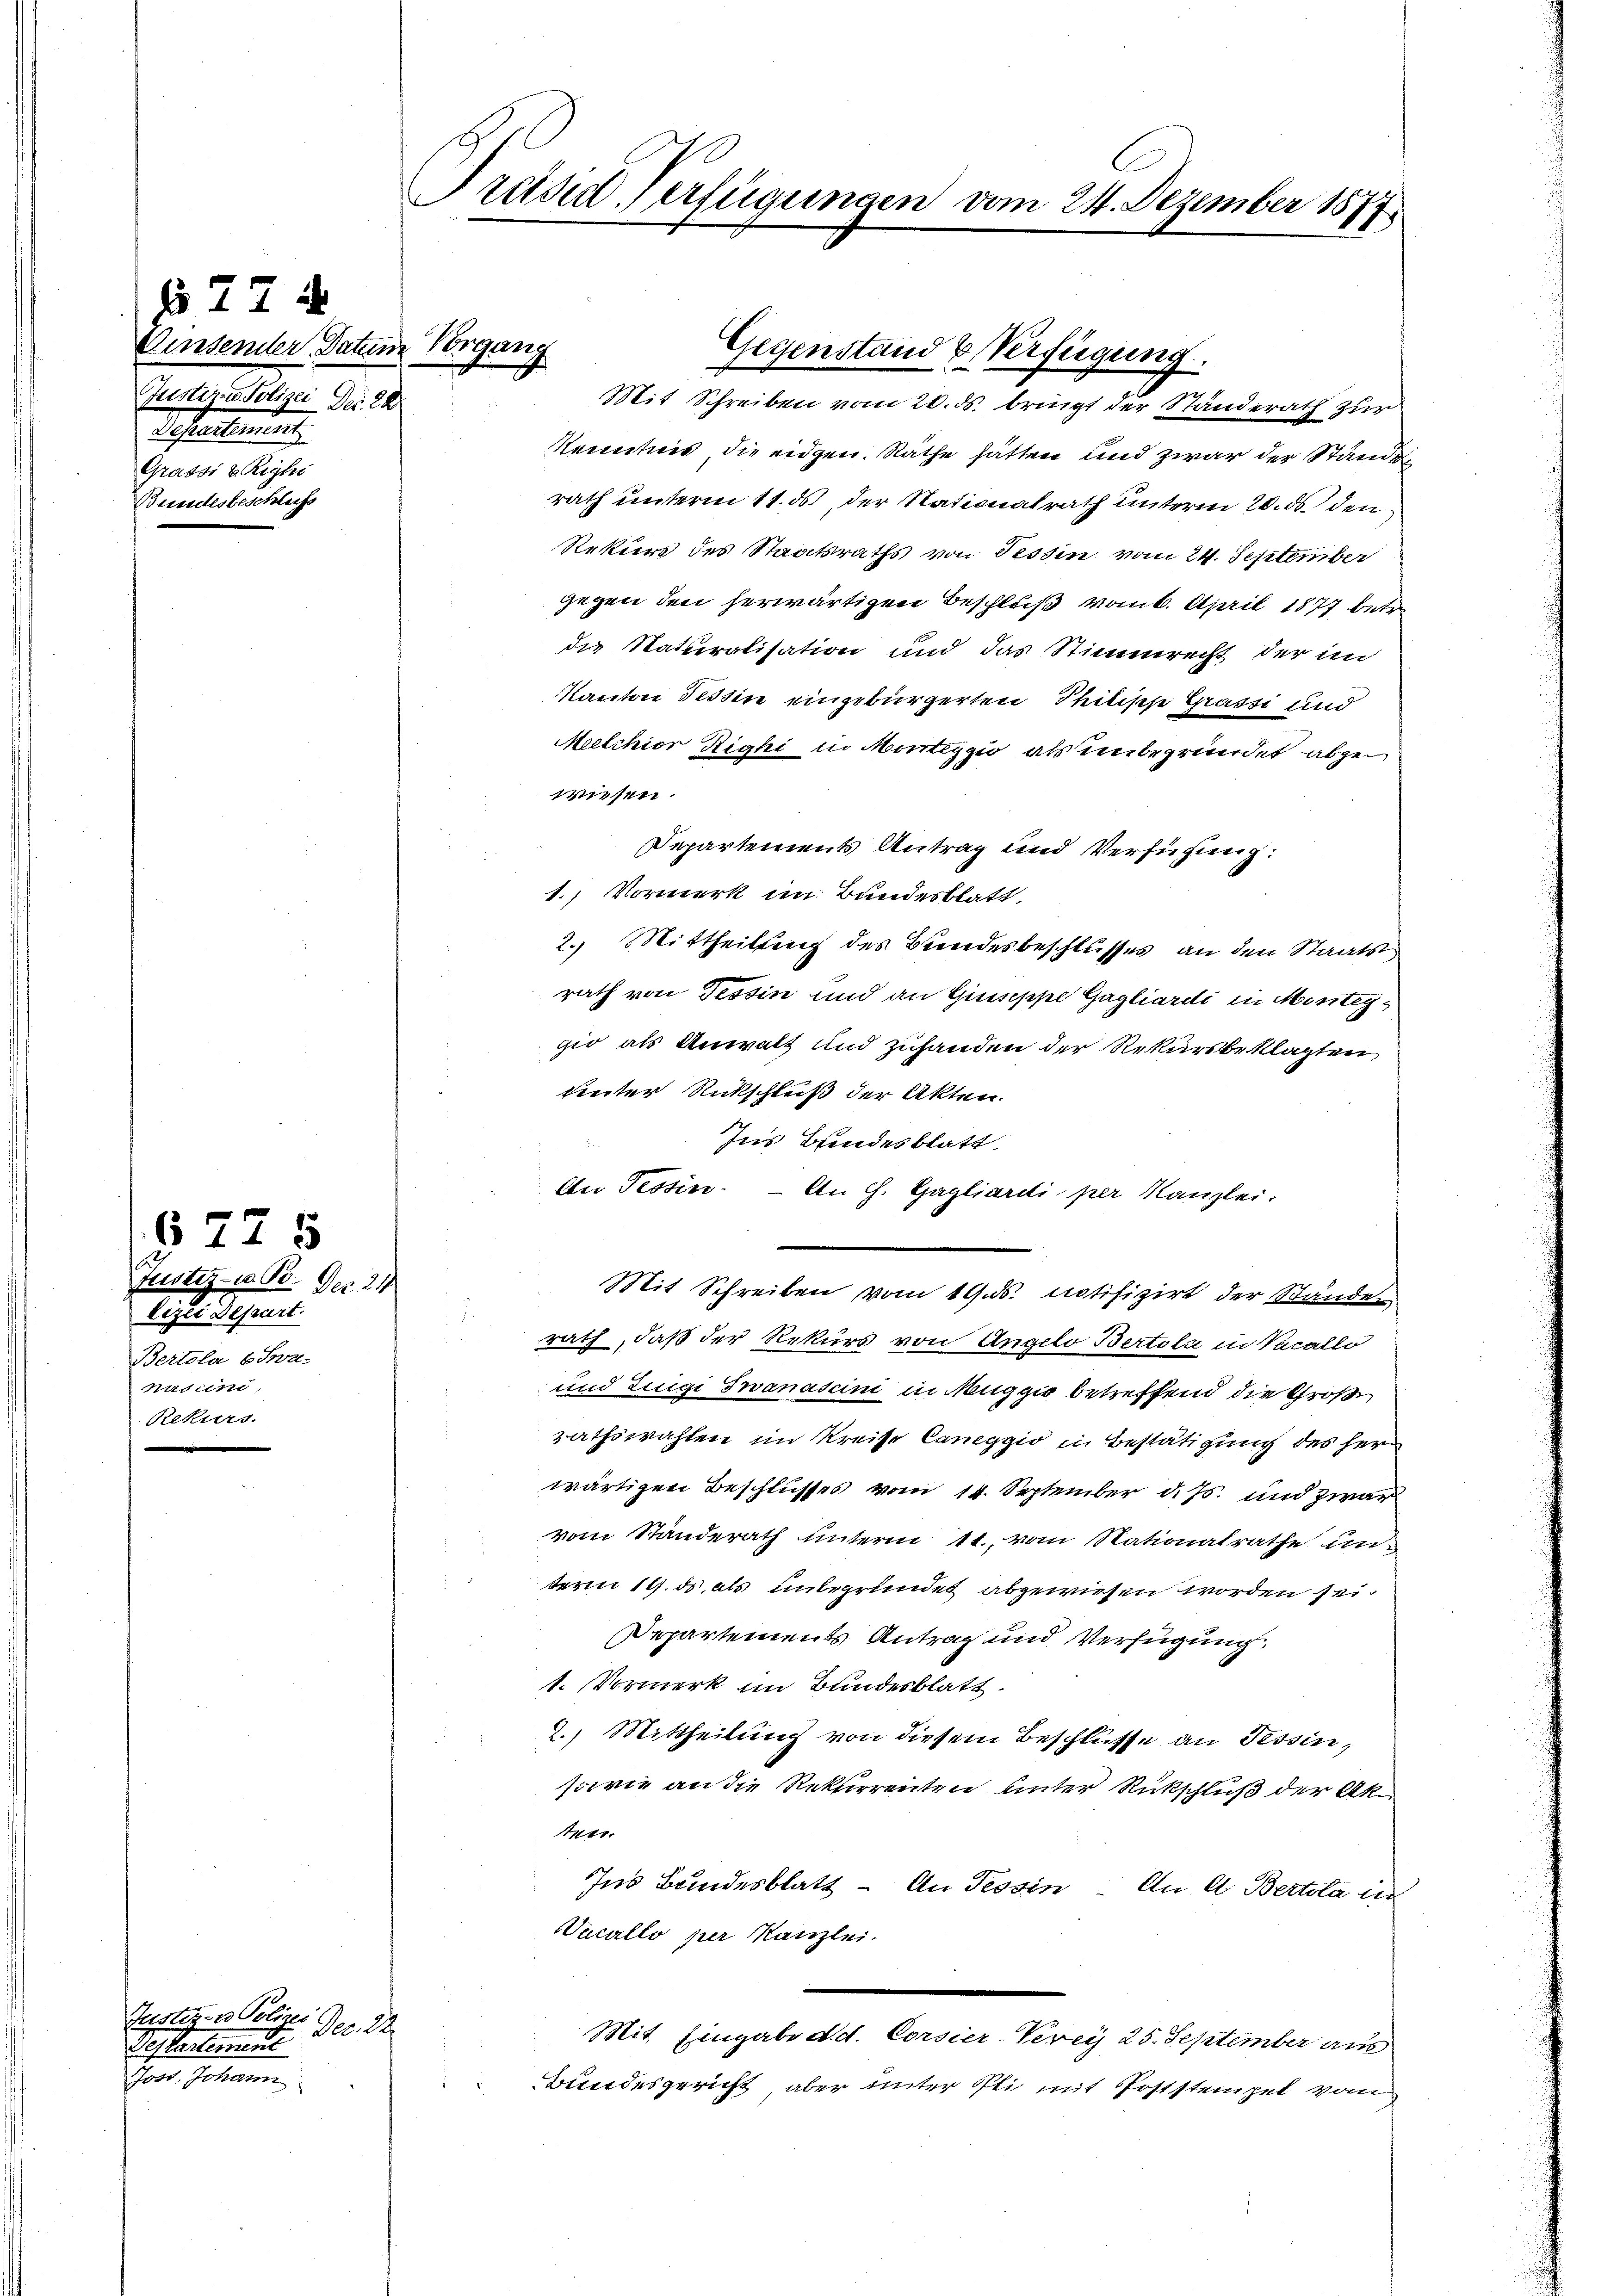
77 d
Einsenter Datum Vorgang
Justiz & Polizei. Der 28
defertirung
Grassi & Reyhi
Schliess

677
alge
Nr. 24
listen
attaler
nuduni
Rekurs

Justiz- u Polizei
Teflectement
Jost, Johann

Alg

Präsiderfügungen vom 24. Dezember 1877

Kenntnis die eidgen. Räthe hätten und zwar der Standen
rath unterm 11. ds, der Nationalrath unterm 20. ds. den
Rekurs des Staatsraths von Tessin vom 24. September
gegen den herwärtigen Beschluß vom 6. April 1877 betr.
die Naturalisation und das Stimmrecht der im
Kanton Tessin eingebürgerten Philische Grassi und
Meelchior Righi in Monteggio als unbegründet abzu
wiesen.
Departements Antrag und Verfügung:
1.) Vormerk im Bandesblatt
2.) Mittheilung des Bundesbeschlusses an den Staatsrath von Tessin und an Giuseppe Gagliardi in Monteggio als Anwalt und zuhanden der Rekursbeklagten
unter Rückschluß der Akten.
Ins Bundesblatt
d
An Tessin. – An H. Gagliardi per Kanzlei.
Mit Schreiben vom 19. ds. notifizirt der Standes
rath, daß der Rekurs von Angelo Bertola in Vacallo
und Luigi Swanascini in Muggio betreffend die Groß
rathswahlen im Kreise Caneggio in Bestätigung des Her
wärtigen Beschlusses vom 14. September d. Js. und zwar
vom Standerath unterm 11. vom Nationalrathe unterm 19. ds als unbegründet abgewiesen worden sei.
Departements Antrag und Verfügung
1. Vormerk im Bundesblatt.
2.) Mittheilung von diesem Beschlüsse an Tessin,
sowie an die Rekurrenten unter Rückschluß der Akten
Ins Bundesblatt - An Tessin. An A. Bertola ein
Vacallo per Kanzlei.
Mit Eingabe d. d. Corsier-Verei 25. September aus
Bundesgericht aber unter Pli mit Poststempel vom

Gegenstand & Verfügung.
Mit Schreiben vom 20. ds. bringt der Standerath zur